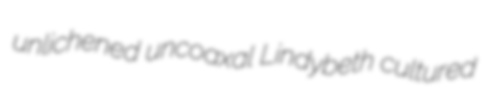
unlichened uncoaxal Lindybeth cultured